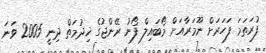
ފުރަތަމަ ފަހަރަށް ނޫމަރާއަށް މޯބައިލް ފޯނު ރޭންޖުގެ ޚިދުމަތް ދިނީ 2005 ވަނަ